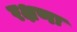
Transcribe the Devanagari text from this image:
रक्षणः